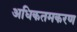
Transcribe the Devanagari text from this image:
अधिकतमकरण